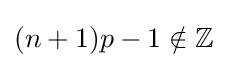
(n+1)p-1\notin \mathbb {Z}